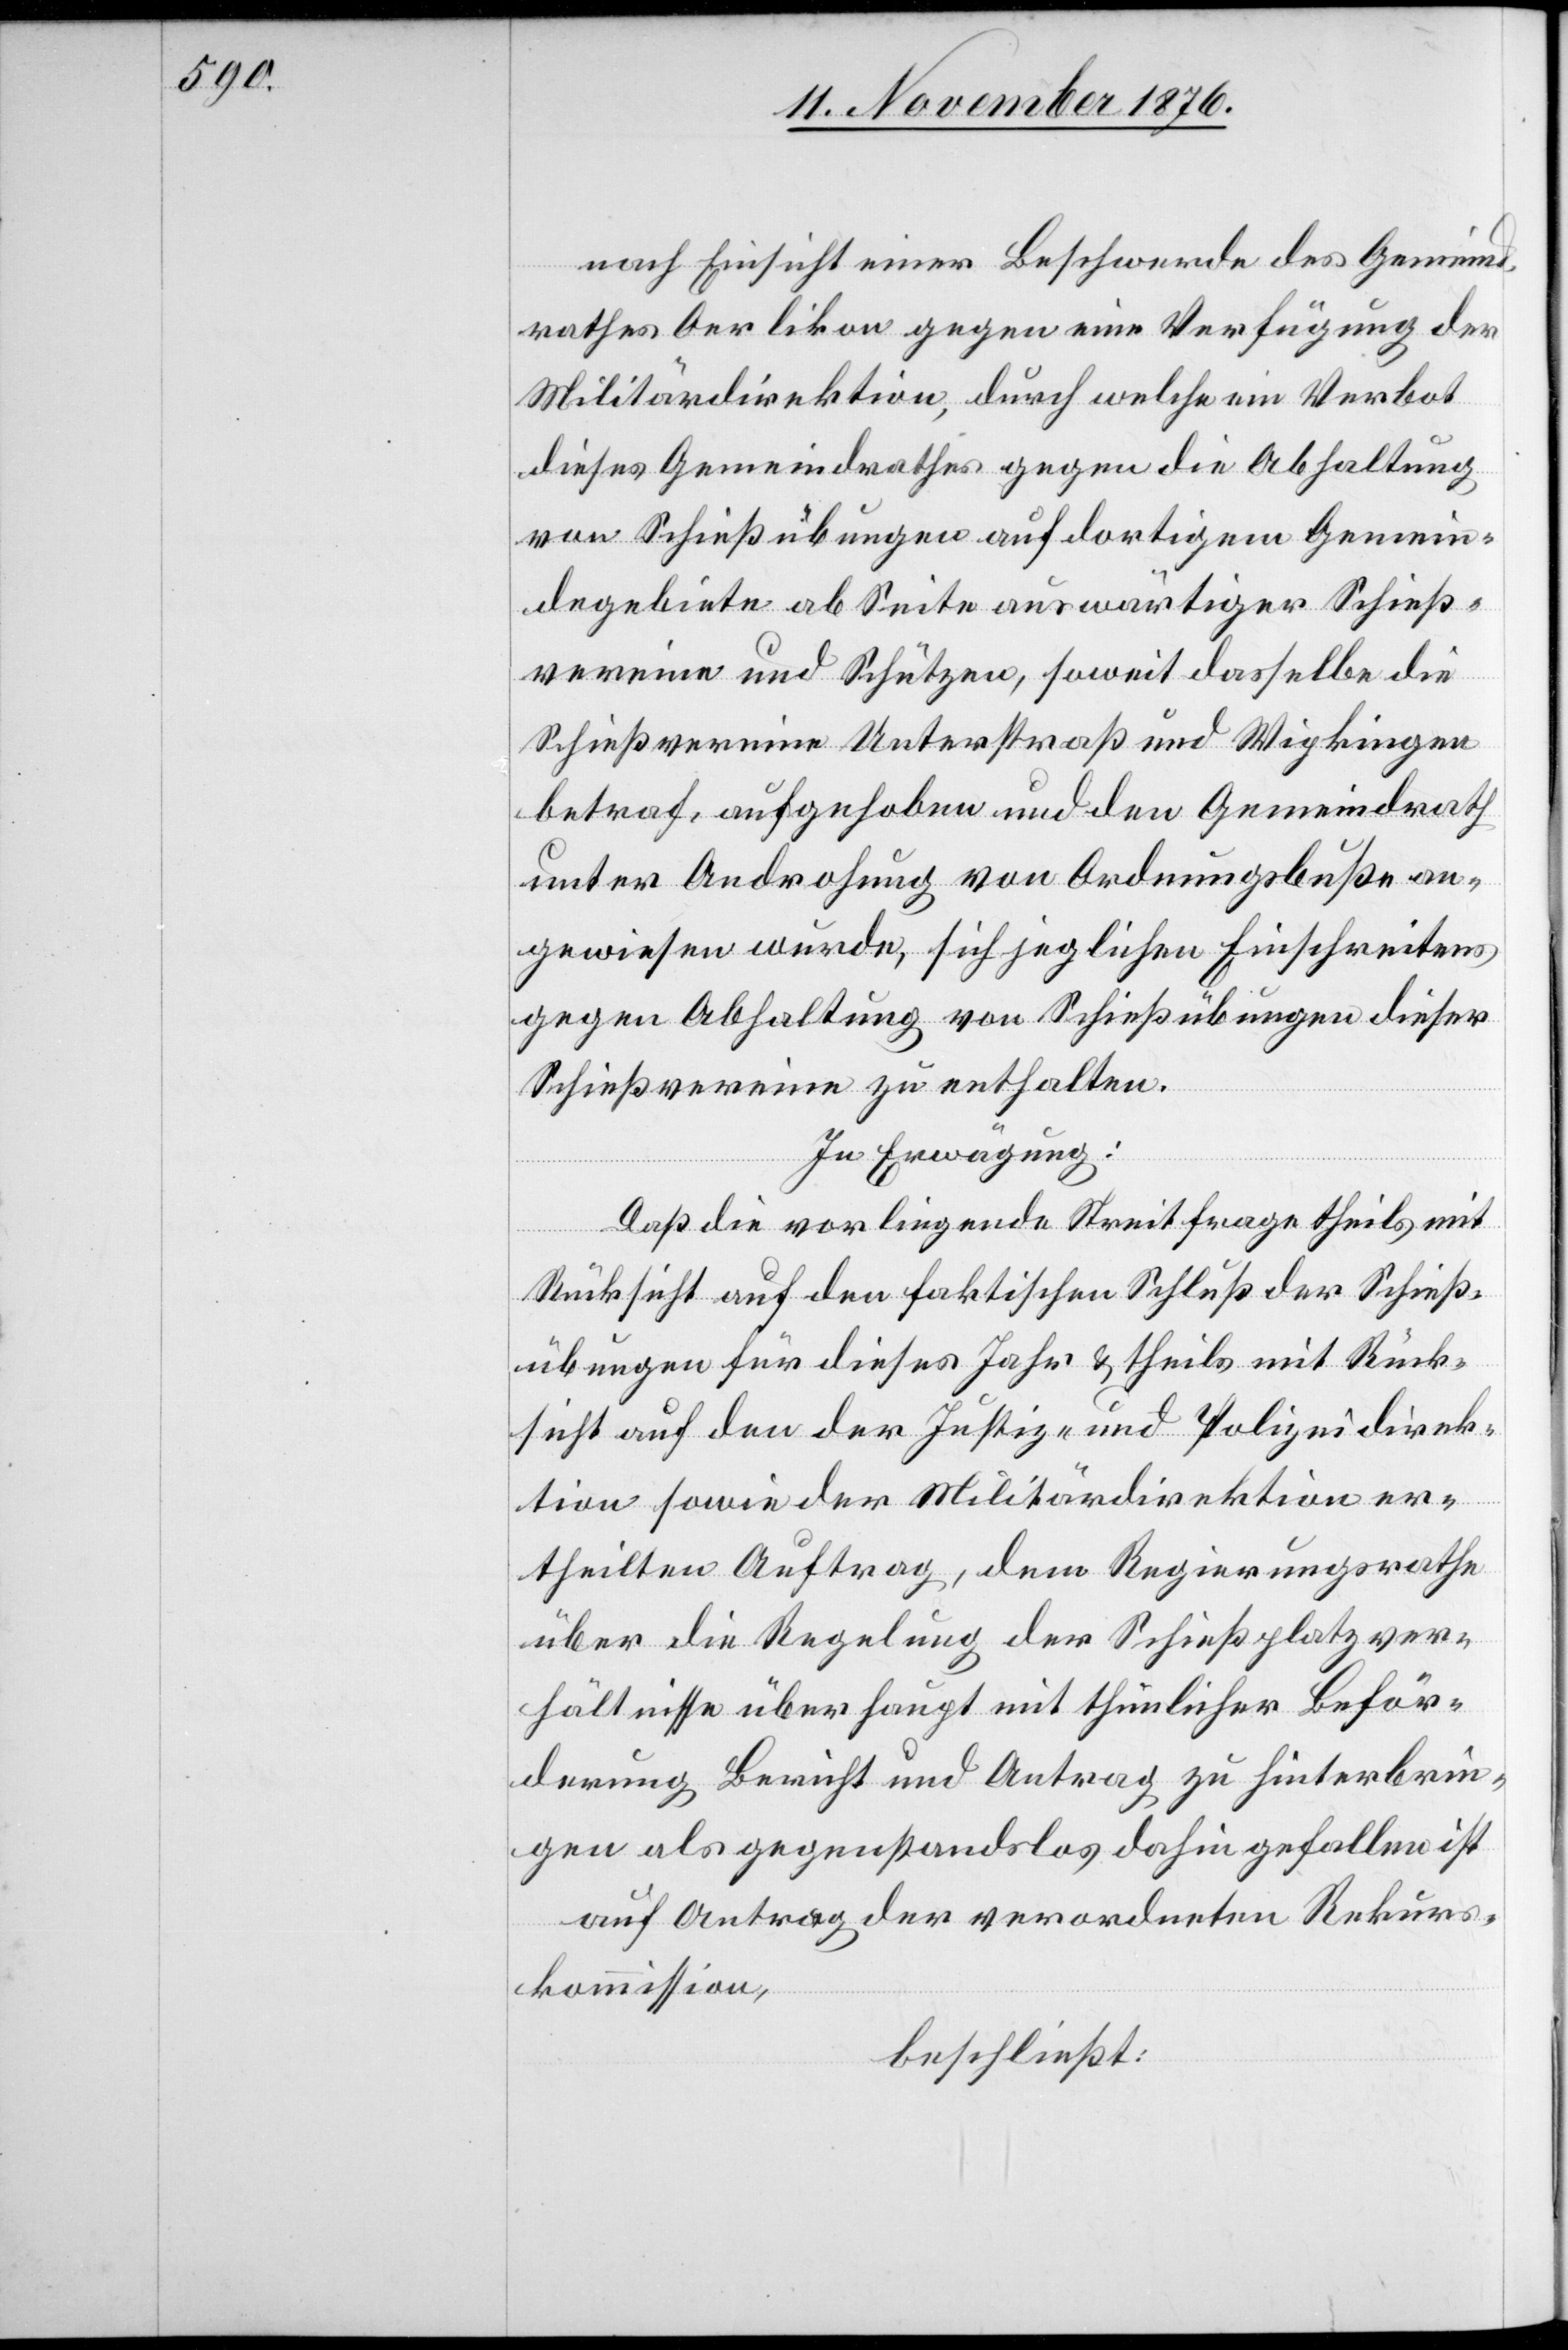
nach Einsicht einer Beschwerde des Gemeind¬
rathes Oerlikon gegen eine Verfügung der
Militärdirektion, durch welche ein Verbot
dieses Gemeindrathes gegen die Abhaltung
von Schießübungen auf dortigem Gemein¬
degebiete ab Seite auswärtiger Schieß¬
vereine und Schützen, soweit dasselbe die
Schießvereine Unterstraß und Wipkingen
betraf, aufgehoben und den Gemeindrath
unter Androhung von Ordnungsbuße an¬
gewiesen wurde, sich jeglichen Einschreitens
gegen Abhaltung von Schießübungen dieser
Schießvereine zu enthalten.
In Erwägung:
Daß die vorliegende Streitfrage theils mit
Rücksicht auf den faktischen Schluß der Schieß¬
übungen für dieses Jahr & theils mit Rück¬
sicht auf den der Justiz- und Polizeidirek¬
tion sowie der Militärdirektion er¬
theilten Auftrage, dem Regierungsrathe
über die Regelung der Schießplatzver¬
hältnisse überhaupt mit thunlicher Beför¬
derung Bericht und Antrag zu hinterbrin¬
gen als gegenstandslos dahin gefallen ist
auf Antrag der verordneten Rekurs¬
kommission,
beschließt: